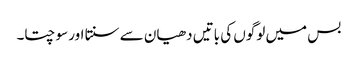
بس میں لوگوں کی باتیں دھیان سے سنتا اور سوچتا۔